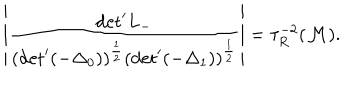
\left| \frac { \mathrm { d e t } ^ { \prime } L _ { - } } { ( \mathrm { d e t } ^ { \prime } ( - { \Delta } _ { 0 } ) ) ^ { \frac { 1 } { 2 } } ( \mathrm { d e t } ^ { \prime } ( - { \Delta } _ { 1 } ) ) ^ { \frac { 1 } { 2 } } } \right| = { \tau } _ { R } ^ { - 2 } ( { \cal M } ) .